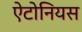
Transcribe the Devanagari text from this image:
ऐटोनियस